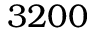
3 2 0 0